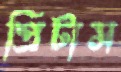
প্রিটাস